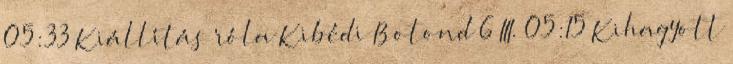
05:33 Kiállítás róla Kibédi Botond 6 III. 05:15 Kihagyott